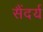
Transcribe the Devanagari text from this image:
सैंदर्य